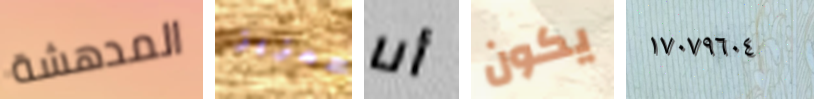
المدهشة لتعزيز أنا يكون ١٧٠٧٩٦٠٤